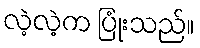
လဲ့လဲ့က ပြုံးသည်။